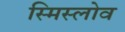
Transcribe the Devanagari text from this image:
स्मिस्लोव